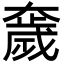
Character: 奯